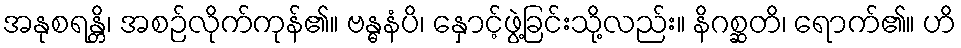
အနုစရန္တိ၊ အစဉ်လိုက်ကုန်၏။ ဗန္ဓနံပိ၊ နှောင့်ဖွဲ့ခြင်းသို့လည်း။ နိဂစ္ဆတိ၊ ရောက်၏။ ဟိ